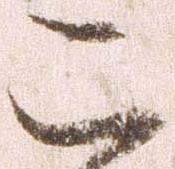
二